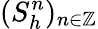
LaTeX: (S_{h}^{n})_{n\in\mathbb{Z}}